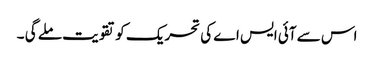
اس سے آئی ایس اے کی تحریک کو تقویت ملے گی ۔